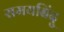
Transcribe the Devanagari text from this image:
समयबिंदु